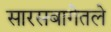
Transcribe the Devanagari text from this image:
सारसबागेतले